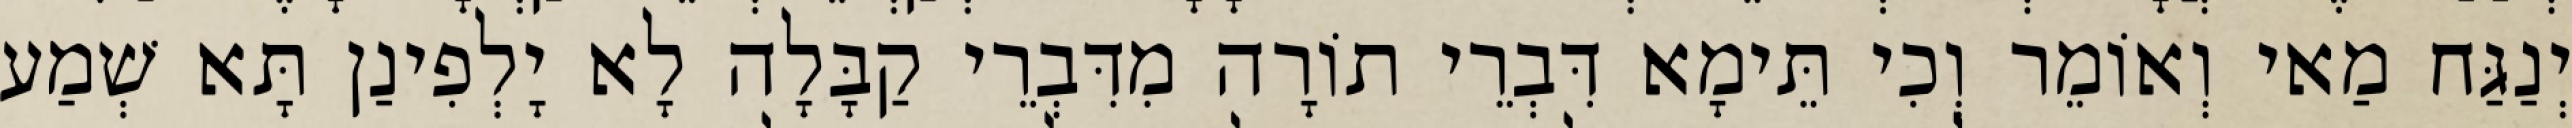
יְנַגַּח מַאי וְאוֹמֵר וְכִי תֵּימָא דִּבְרֵי תוֹרָה מִדִּבְרֵי קַבָּלָה לָא יָלְפִינַן תָּא שְׁמַע